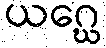
ယဂ္ဃေ